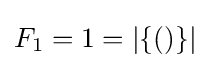
F_{1}=1=|\{()\}|